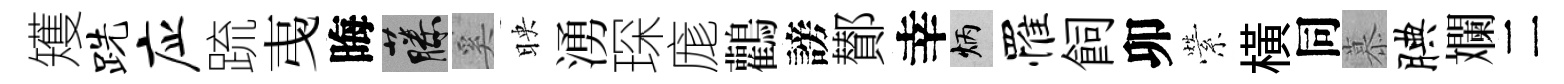
矱跣应䟽𢎯晦藤奚映湧琛庬鸛謗鄼幸炳罹飼卯縈橫同慕腆斕二